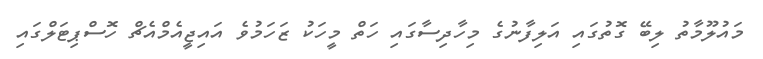
މައުލޫމާތު ލިބޭ ގޮތުގައި އަލިފާނުގެ މިހާދިސާގައި ހަތް މީހަކު ޒަހަމުވެ އައިޖީއެމްއެޗް ހޮސްޕިޓަލްގައި